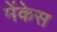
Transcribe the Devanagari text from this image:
मेंकेस